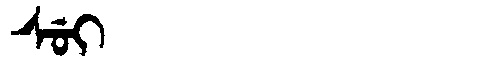
Manchu: ᠰᡠᡳ
Romanization: SUI